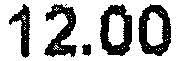
12.00